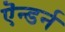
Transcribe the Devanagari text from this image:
ऎन्डर्न